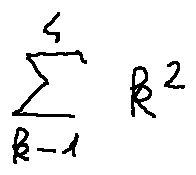
\sum \limits _ { k = 1 } ^ { 4 } k ^ { 2 }